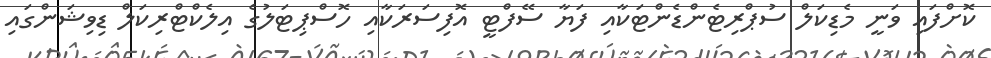
ކޮށްފައި ވަނީ މެޑިކަލް ސުޕްރިޓެންޑެންޓަކާއި ފަޔާ ސޭފްޓީ އޮފިސަރަކާއި ހޮސްޕިޓަލުގެ އިލެކްޓްރިކަލް ޑިވިޝަންގައި